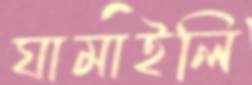
ঘামাইলি